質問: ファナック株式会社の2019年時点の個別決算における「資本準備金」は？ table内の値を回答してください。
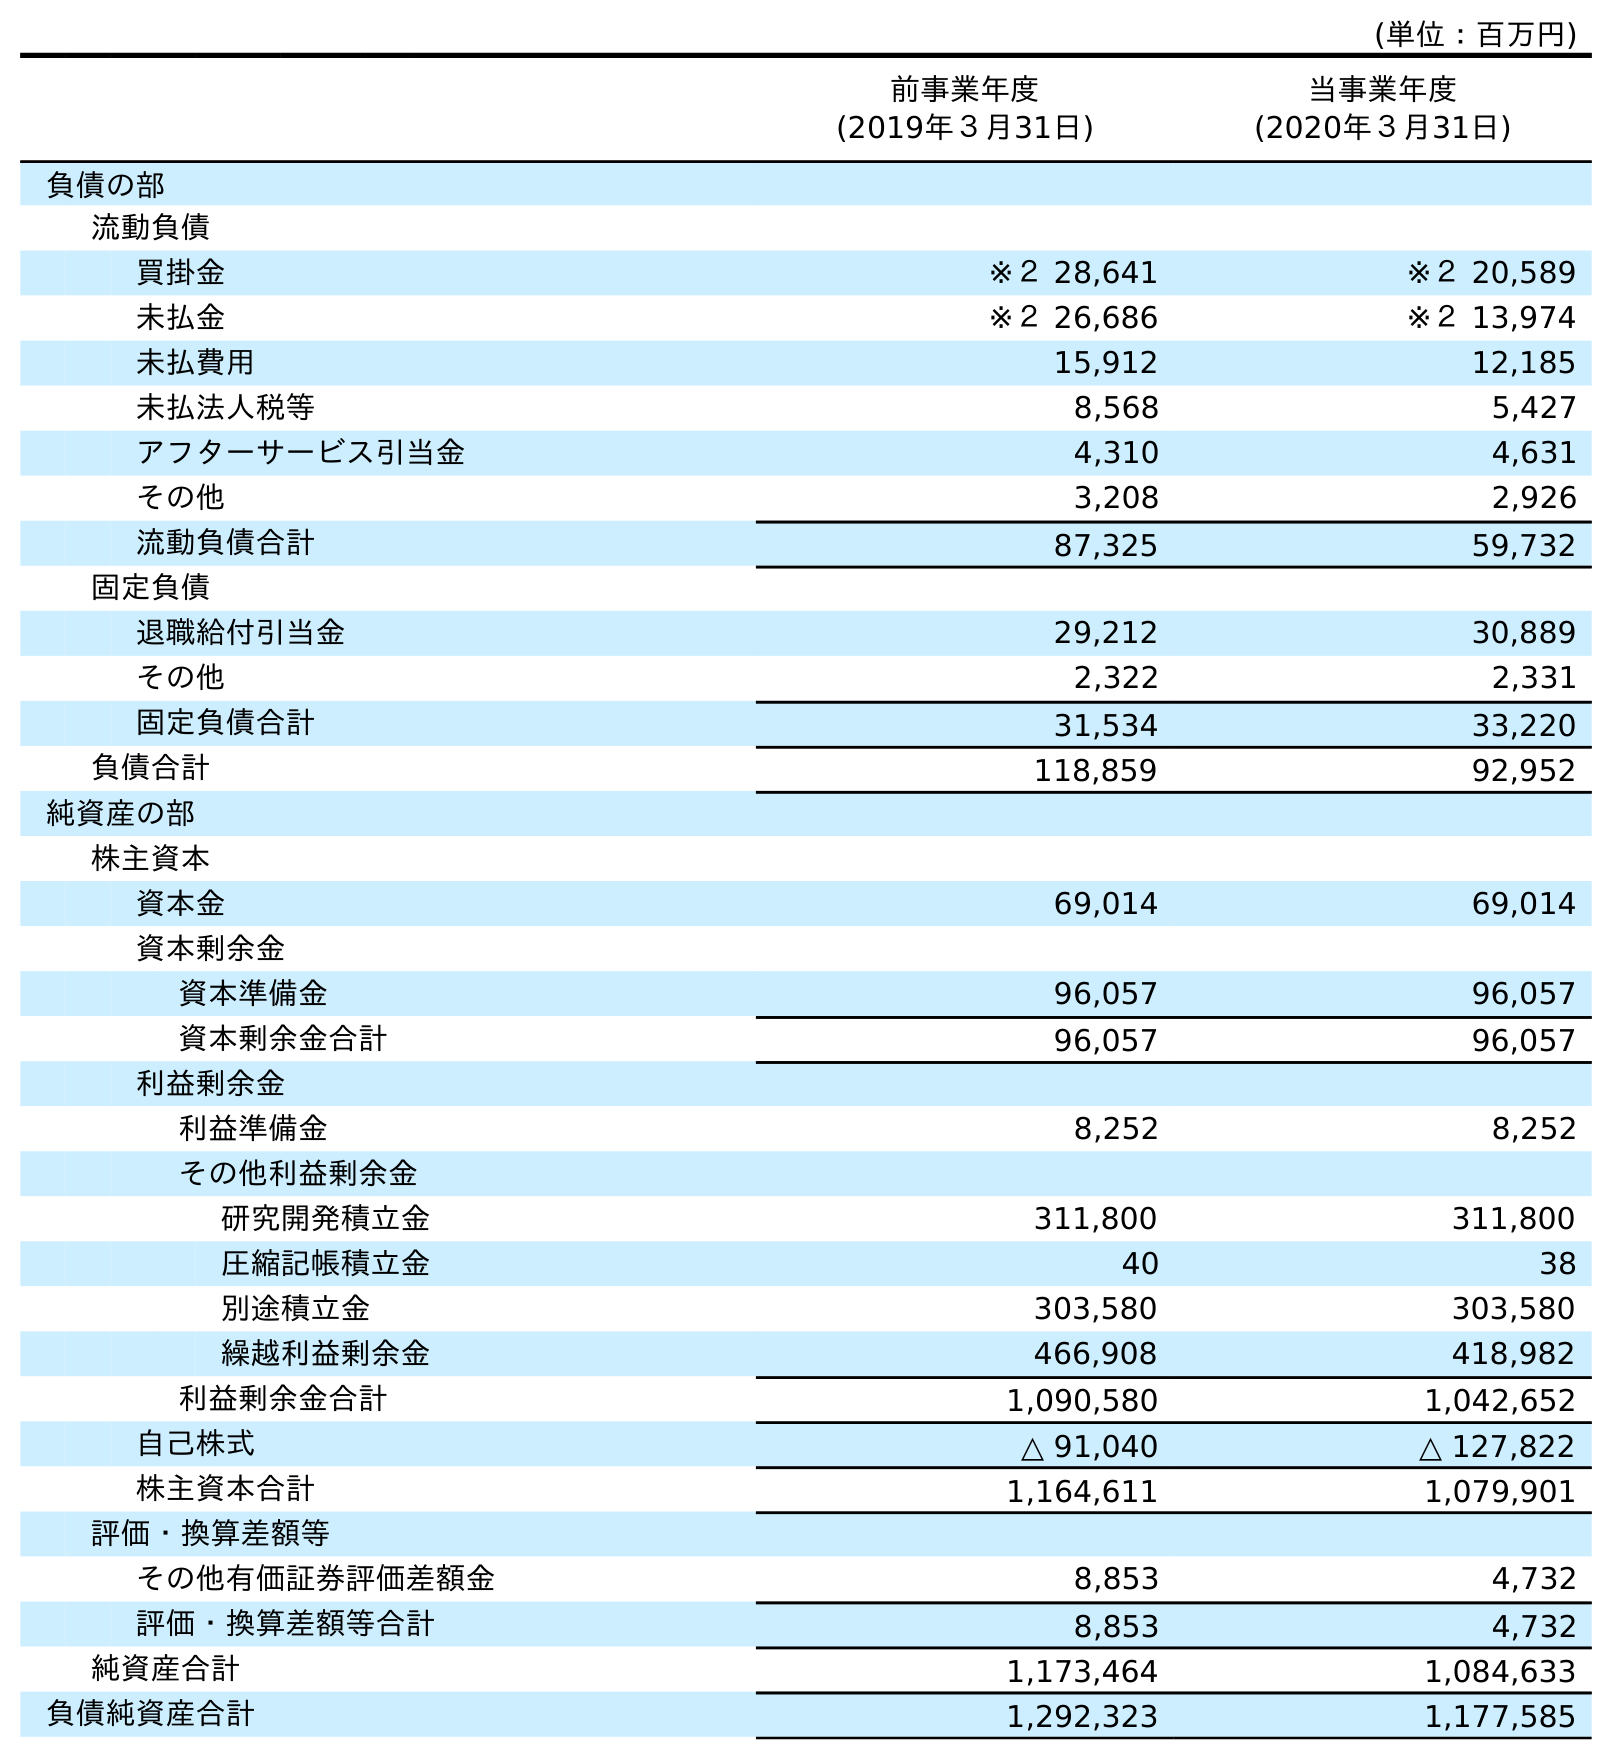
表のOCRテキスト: (単位：百万円) 前事業年度 (2019年３月31日) 当事業年度 (2020年３月31日) 負債の部 流動負債 買掛金 ※２ 28,641 ※２ 20,589 未払金 ※２ 26,686 ※２ 13,974 未払費用 15,912 12,185 未払法人税等 8,568 5,427 アフターサービス引当金 4,310 4,631 その他 3,208 2,926 流動負債合計 87,325 59,732 固定負債 退職給付引当金 29,212 30,889 その他 2,322 2,331 固定負債合計 31,534 33,220 負債合計 118,859 92,952 純資産の部 株主資本 資本金 69,014 69,014 資本剰余金 資本準備金 96,057 96,057 資本剰余金合計 96,057 96,057 利益剰余金 利益準備金 8,252 8,252 その他利益剰余金 研究開発積立金 311,800 311,800 圧縮記帳積立金 40 38 別途積立金 303,580 303,580 繰越利益剰余金 466,908 418,982 利益剰余金合計 1,090,580 1,042,652 自己株式 △ 91,040 △ 127,822 株主資本合計 1,164,611 1,079,901 評価・換算差額等 その他有価証券評価差額金 8,853 4,732 評価・換算差額等合計 8,853 4,732 純資産合計 1,173,464 1,084,633 負債純資産合計 1,292,323 1,177,585
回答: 96,057